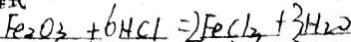
F e _ { 2 } O _ { 3 } + 6 H C l = 2 F e C l _ { 3 } + 3 H _ { 2 } O